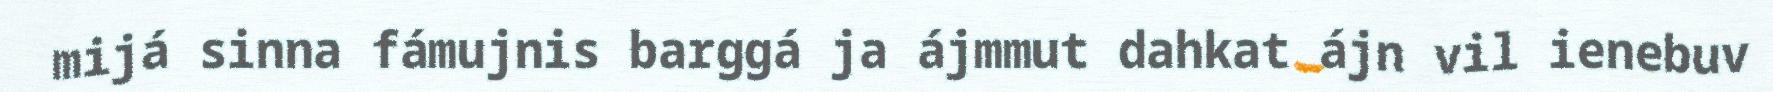
mijá sinna fámujnis barggá ja ájmmut dahkat ájn vil ienebuv